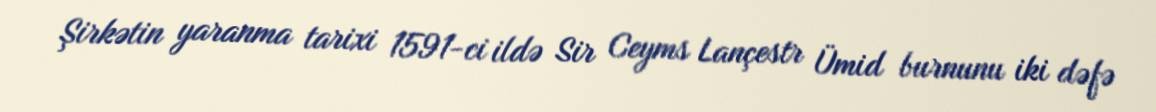
Şirkətin yaranma tarixi 1591-ci ildə Sir Ceyms Lançestr Ümid burnunu iki dəfə